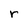
Character: r